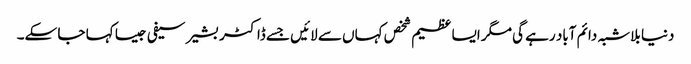
دنیا بلاشبہ دائم آباد رہے گی مگر ایسا عظیم شخص کہاں سے لائیں جسے ڈاکٹر بشیر سیفی جیسا کہا جا سکے۔